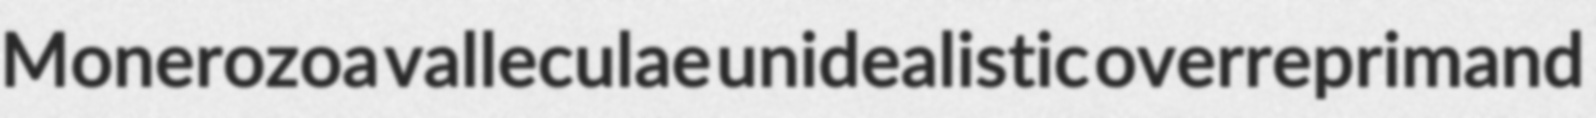
Monerozoa valleculae unidealistic overreprimand